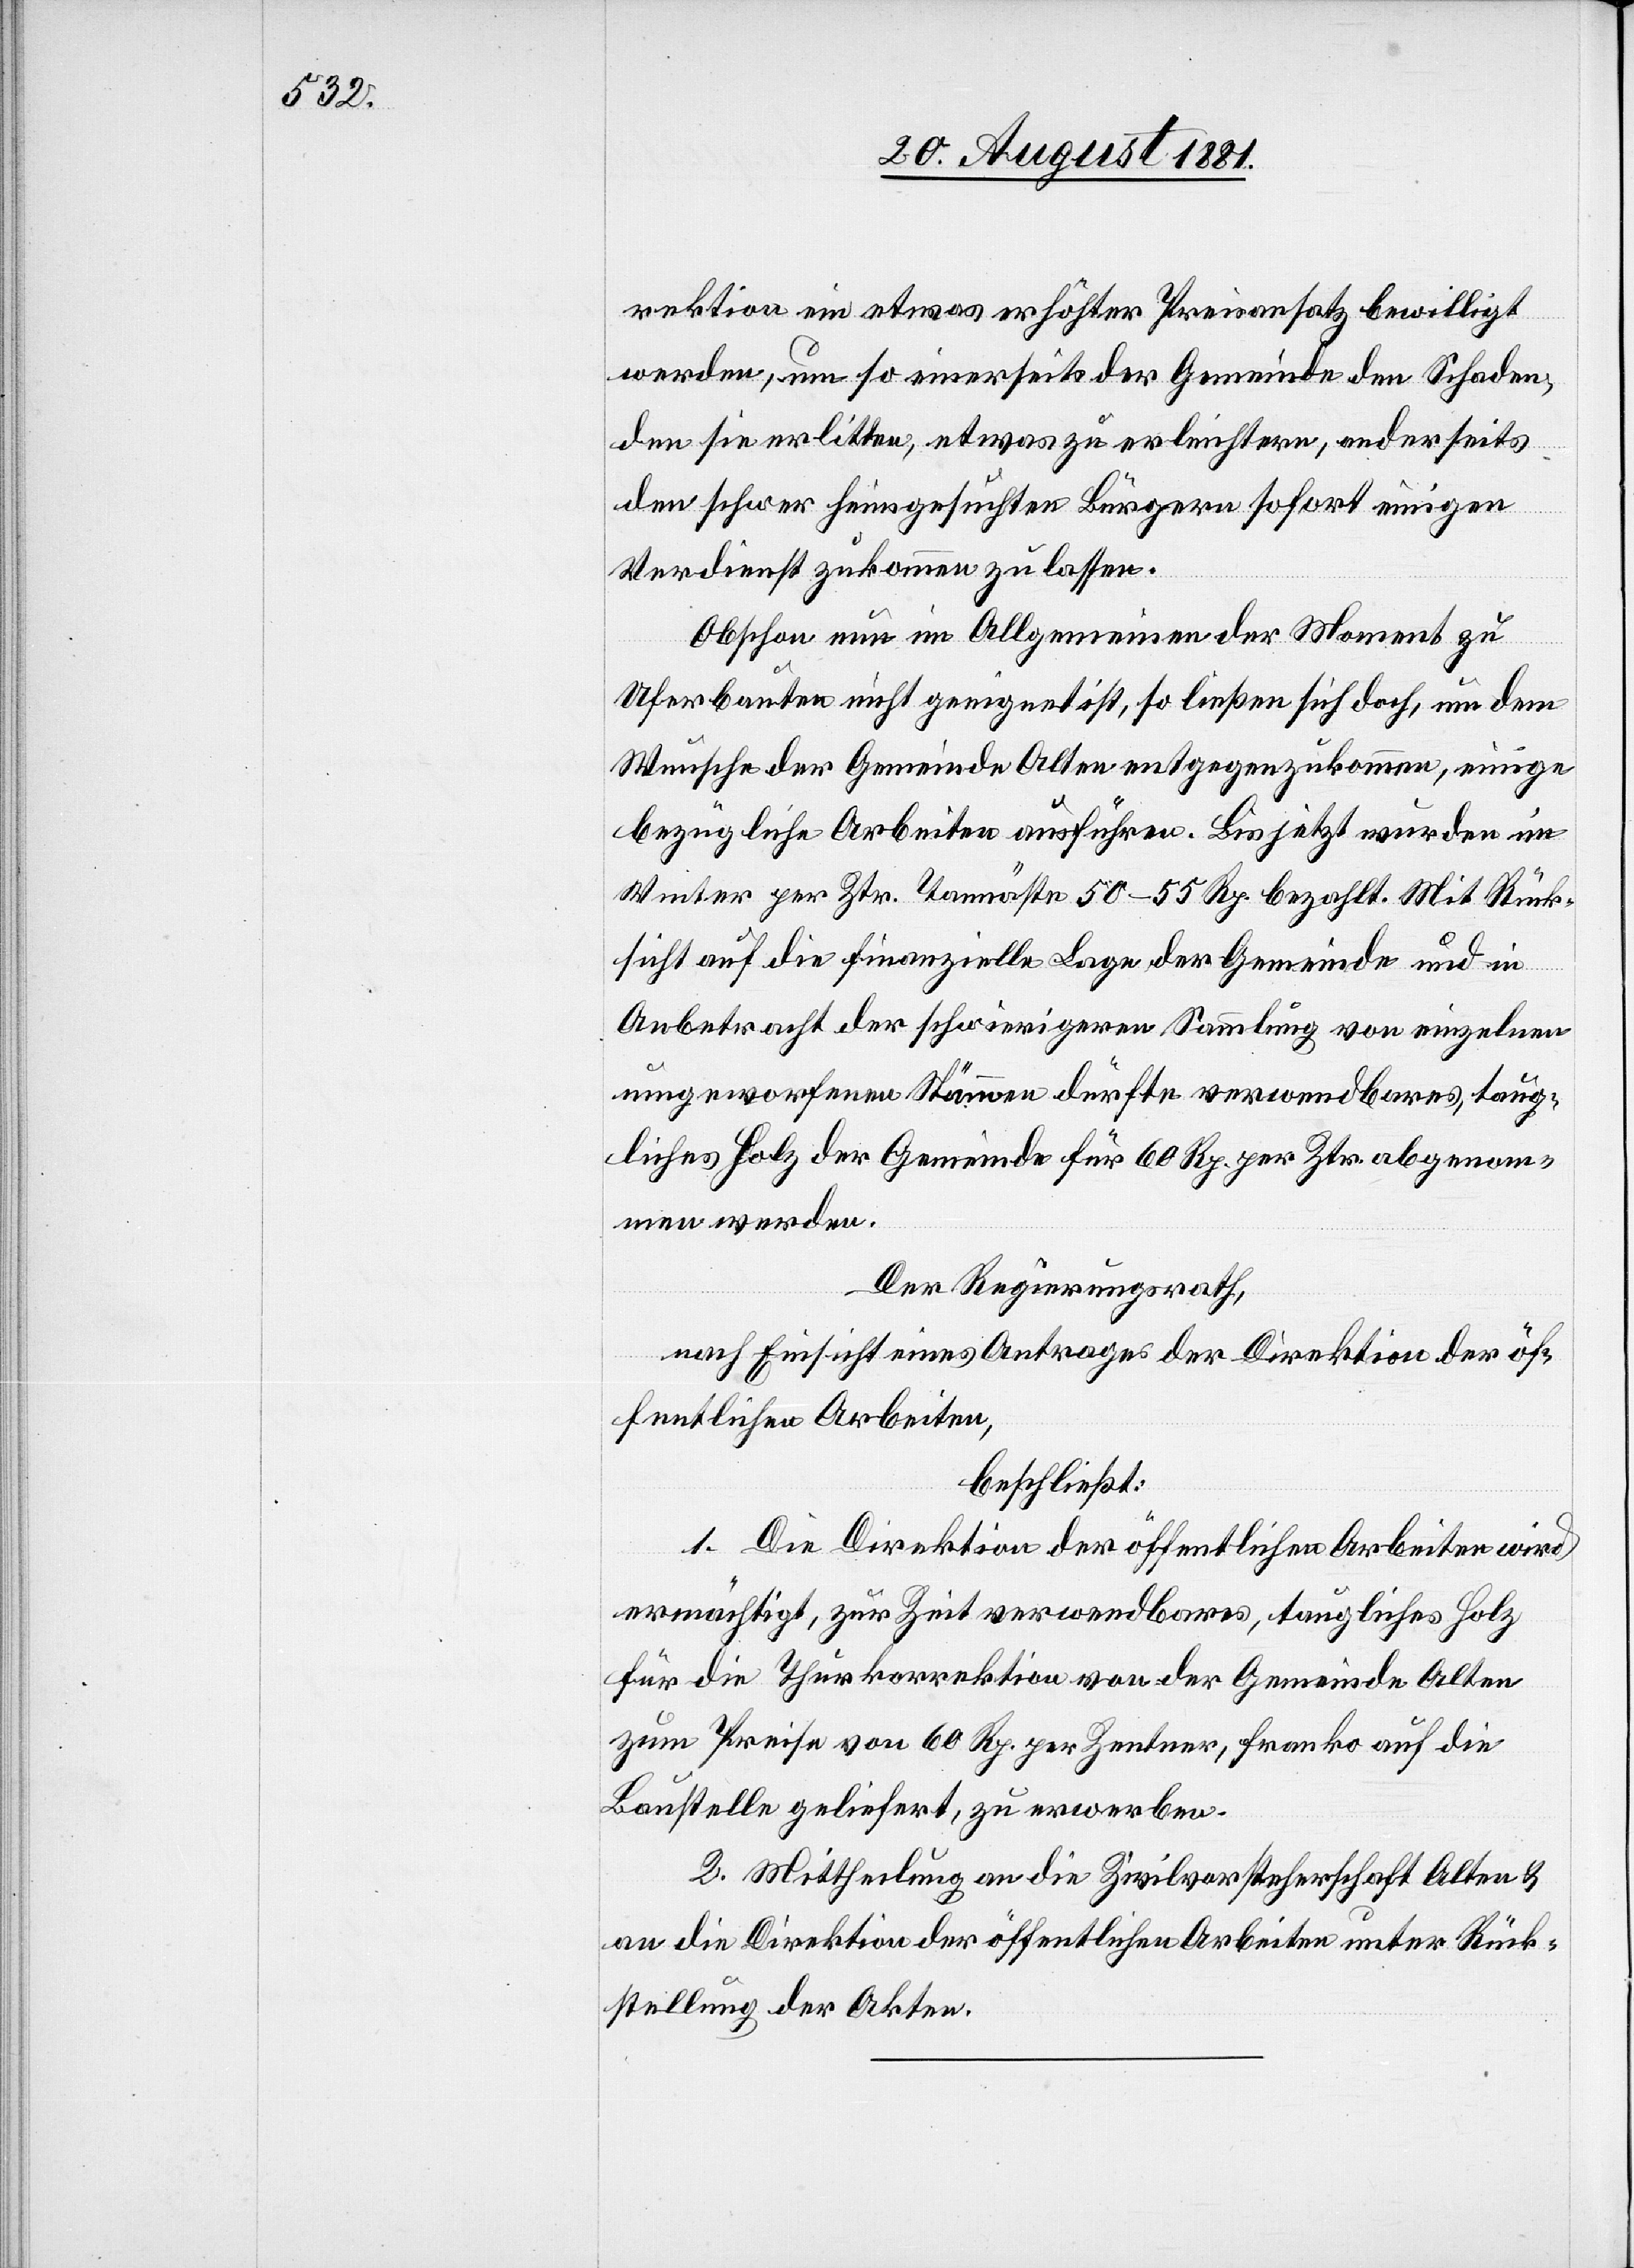
rektion ein etwas erhöhter Preisansatz bewilligt
werden, um so einerseits der Gemeinde den Schaden,
den sie erlitten, etwas zu erleichtern, anderseits
den schwer heimgesuchten Bürgern sofort einigen
Verdienst zukommen zu lassen.
Obschon nun im Allgemeinden der Moment zu
Uferbauten nicht geeignet ist, so ließen sich doch, um dem
Wunsche der Gemeinde Alten entgegenzukommen, einige
bezügliche Arbeiten ausführen. Bis jetzt wurden im
Winter per Ztr. Tannäste 50–55 Rp. bezahlt. Mit Rück¬
sicht auf die finanzielle Lage der Gemeinde und in
Anbetracht der schwierigeren Sammlung von einzelnen
umgeworfenen Stämmen dürfte verwendbares, taug¬
liches Holz der Gemeinde für 60 Rp. per Ztr. abgenom¬
men werden.
Der Regierungsrath,
nach Einsicht eines Antrages der Direktion der öf¬
fentlichen Arbeiten,
beschließt:
1. Die Direktion der öffentlichen Arbeiten wird
ermächtigt, zur Zeit verwendbares, taugliches Holz
für die Thurkorrektion von der Gemeinde Alten
zum Preise von 60 Rp. per Zentner, franko auf die
Baustelle geliefert, zu erwerben.
2. Mittheilung an die Zivilvorsteherschaft Alten &
an die Direktion der öffentlichen Arbeiten unter Rück¬
stellung der Akten.